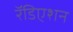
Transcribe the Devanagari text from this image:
रॅडिएशन